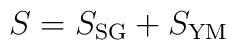
S = S_{\rm SG}+S_{\rm YM}